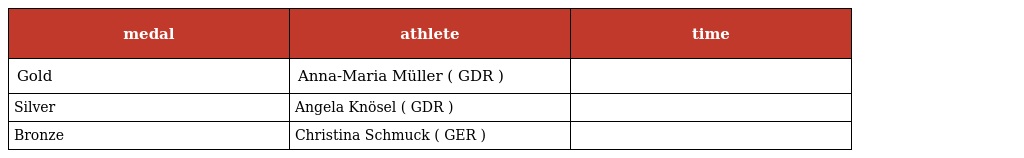
| medal | athlete | time |
 | --- | --- | --- |
 | Gold | Anna-Maria Müller ( GDR ) |  |
 | Silver | Angela Knösel ( GDR ) |  |
 | Bronze | Christina Schmuck ( GER ) |  |